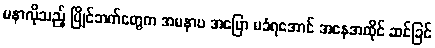
မနာလိုသည့် ပြိုင်ဘက်တွေက အမနာပ အပြော မခံရအောင် အနေအထိုင် ဆင်ခြင်